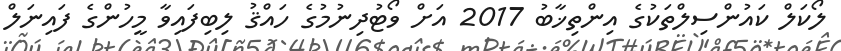
ލޯކަލް ކައުންސިލްތަކުގެ އިންތިޚާބު 2017 އަށް ވޯޓުދިނުމުގެ ހައްޤު ލިބިފައިވާ މީހުންގެ ފައިނަލް